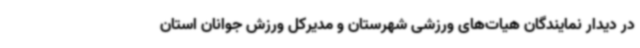
در دیدار نمایندگان هیات‌های ورزشی شهرستان و مدیرکل ورزش جوانان استان